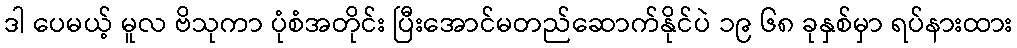
ဒါ ပေမယ့် မူလ ဗိသုကာ ပုံစံအတိုင်း ပြီးအောင်မတည်ဆောက်နိုင်ပဲ ၁၉ ၆၈ ခုနှစ်မှာ ရပ်နားထား